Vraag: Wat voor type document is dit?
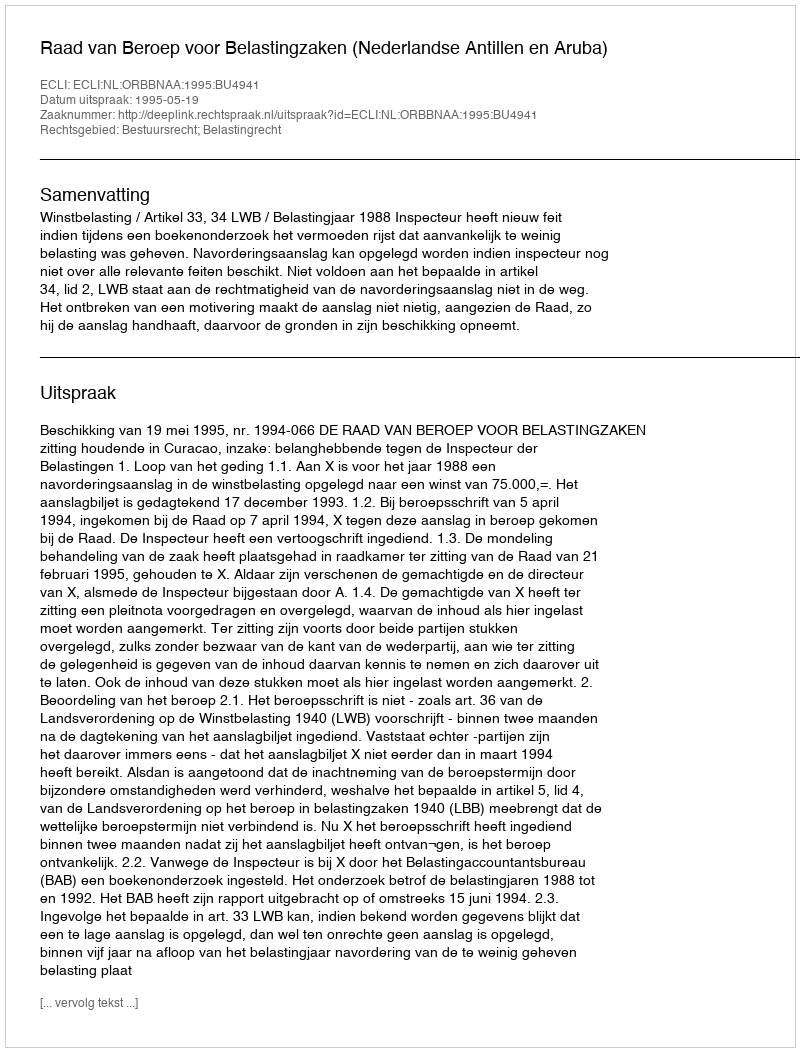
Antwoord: Uitspraak